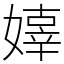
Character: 嫴